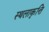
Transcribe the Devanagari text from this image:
स्थलाकृत्ति